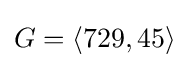
G=\langle 729,45\rangle